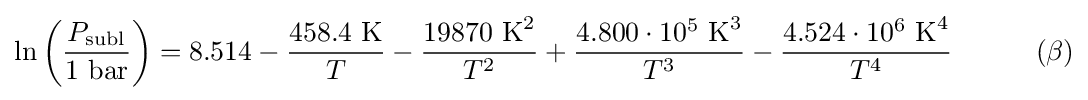
\ln {\left({\frac {P_{\text{subl}}}{1{\text{ bar}}}}\right)}=8.514-{\frac {458.4{\text{ K}}}{T}}-{\frac {19870{\text{ K}}^{2}}{T^{2}}}+{\frac {4.800\cdot 10^{5}{\text{ K}}^{3}}{T^{3}}}-{\frac {4.524\cdot 10^{6}{\text{ K}}^{4}}{T^{4}}}\quad \quad \quad (\beta )